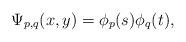
LaTeX: \begin{align*} \Psi_{p,q}(x,y)=\phi_p(s)\phi_q(t),\end{align*}